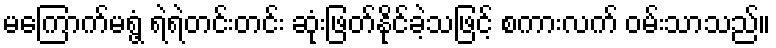
မကြောက်မရွံ့ ရဲရဲတင်းတင်း ဆုံးဖြတ်နိုင်ခဲ့သဖြင့် စကားလက် ဝမ်းသာသည်။